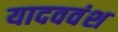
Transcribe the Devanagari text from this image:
यादववंश